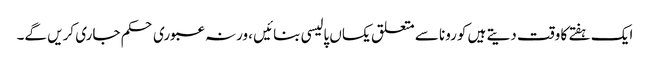
ایک ہفتے کا وقت دیتے ہیں کورونا سے متعلق یکساں پالیسی بنائیں ، ورنہ عبوری حکم جاری کریں گے۔